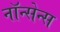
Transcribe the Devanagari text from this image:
नॉन्सेन्स